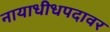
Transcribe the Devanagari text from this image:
नायाधीधपदावर